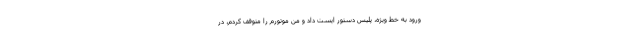
ورود به خط ویژه، پلیس دستور ایست داد و من موتورم را متوقف کردم، در